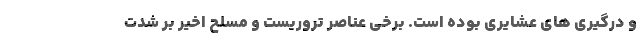
و درگیری های عشایری بوده است. برخی عناصر تروریست و مسلح اخیر بر شدت